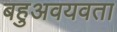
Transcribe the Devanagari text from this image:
बहुअवयवता